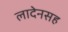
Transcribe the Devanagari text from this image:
लादेनसह